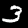
Digit: 3